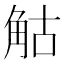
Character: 𧣗